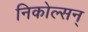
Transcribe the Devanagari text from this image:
निकोल्सन्‌